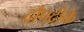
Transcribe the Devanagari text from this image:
द्रौपदीके